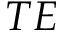
T E